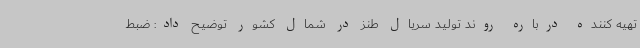
تهیه کننده درباره روند تولید سریال طنز در شمال کشور توضیح داد: ضبط